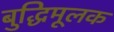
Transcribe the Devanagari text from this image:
बुद्धिमूलक